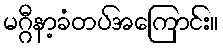
မဂ္ဂီနာ့ခံတပ်အကြောင်း။